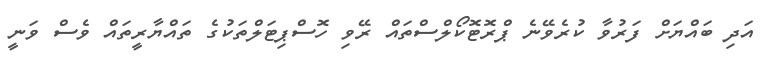
އަދި ބައްޔަށް ފަރުވާ ކުރެވޭނެ ޕްރޮޓޮކޯލްސްތައް ރޭވި ހޮސްޕިޓަލްތަކުގެ ތައްޔާރީތައް ވެސް ވަނީ